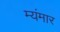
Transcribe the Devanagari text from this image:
म्यंमार